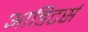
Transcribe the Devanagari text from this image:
आडिटर्स